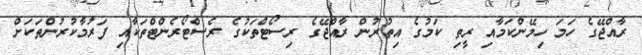
ރާއްޖޭގެ ހަމަ ހިމޭންކަމާއި ރީތި ކަމުގެ އިތުރުން ރާއްޖޭގެ ރިސޯޓްތަކުގެ ރެސްޓޯރެންޓްތަކާއި ފަރުމާކުރުންތަކަށް